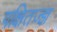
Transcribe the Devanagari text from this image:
पक्षितज्‍ज्ञ